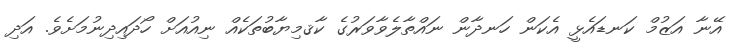
އޭނާ އަޒުމް ކަނޑައެޅީ އެކަން ހަނދާން ނައްތާލެވާވަރުގެ ކާޤމިޔާބުތަކެއް ނިއުއަށް ހޯދައިދިނުމަށެވެ. އަދި